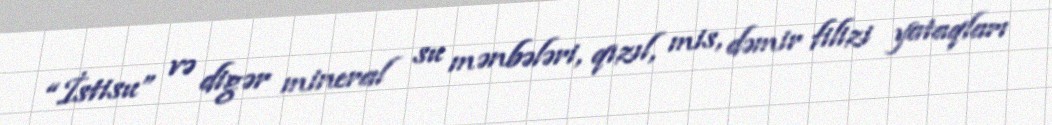
“İstisu” və digər mineral su mənbələri, qızıl, mis, dəmir filizi yataqları